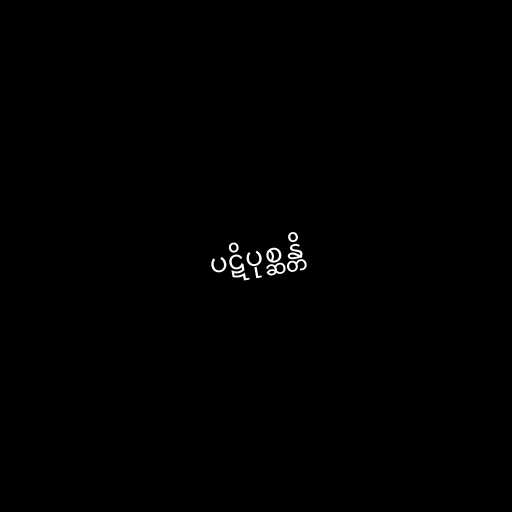
ပဋိပုစ္ဆန္တိ